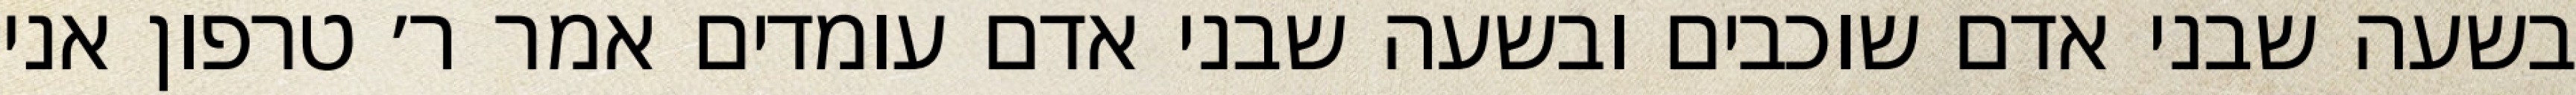
בשעה שבני אדם שוכבים ובשעה שבני אדם עומדים אמר ר׳ טרפון אני